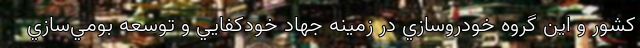
كشور و اين گروه خودروسازي در زمينه جهاد خودكفايي و توسعه بومي‌سازي